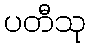
ပတီသု